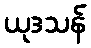
ယုဒသန်